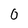
Character: 0